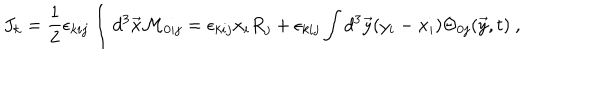
J _ { k } = { \frac { 1 } { 2 } } \epsilon _ { k i j } \int d ^ { 3 } \vec { x } { \cal M } _ { 0 i j } = \epsilon _ { k i j } x _ { i } R _ { j } + \epsilon _ { k i j } \int d ^ { 3 } \vec { y } ( y _ { i } - x _ { i } ) \Theta _ { 0 j } ( \vec { y } , t ) ~ ,